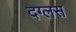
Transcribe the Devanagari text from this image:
दग्लस